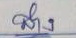
ล่าง